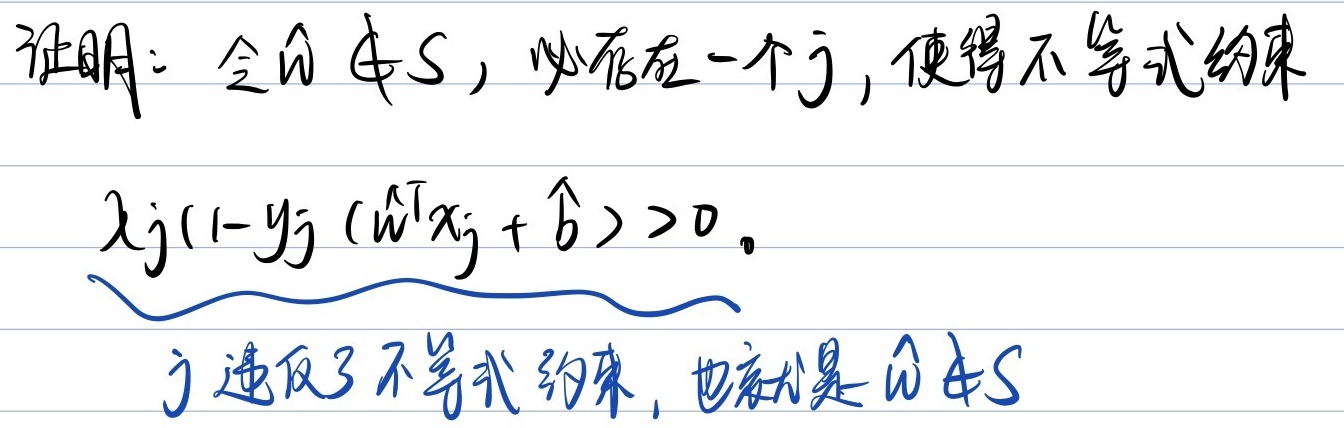
证明：令 \(\hat{w}\notin S\)，必存在一个 \(j\)，使得不等式约束 \(\lambda_j(1 - y_j(\hat{w}^T x_j+\hat{b}))>0\)。此时 \(j\) 违反了不等式约束，也就是 \(\hat{w}\notin S\) 。